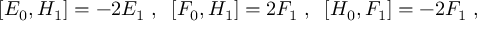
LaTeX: [ E _ { 0 } , H _ { 1 } ] = - 2 E _ { 1 } \; , \; \; [ F _ { 0 } , H _ { 1 } ] = 2 F _ { 1 } \; , \; \; [ H _ { 0 } , F _ { 1 } ] = - 2 F _ { 1 } \; ,